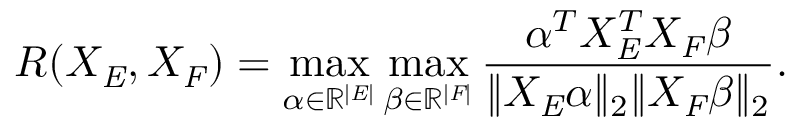
R ( X _ { \mathit { E } } , X _ { \mathit { F } } ) = \operatorname* { m a x } _ { \alpha \in \mathbb { R } ^ { | \mathit { E } | } } \operatorname* { m a x } _ { \beta \in \mathbb { R } ^ { | \mathit { F } | } } \frac { \alpha ^ { T } X _ { \mathit { E } } ^ { T } X _ { \mathit { F } } \beta } { \| X _ { \mathit { E } } \alpha \| _ { 2 } \| X _ { \mathit { F } } \beta \| _ { 2 } } .